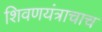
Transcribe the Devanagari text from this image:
शिवणयंत्राचाच